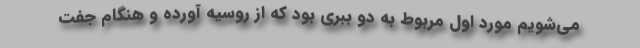
می‌شویم مورد اول مربوط به دو ببری بود که از روسیه آورده و هنگام جفت